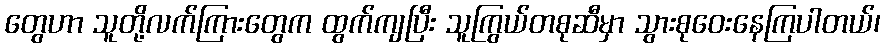
တွေဟာ သူတို့လက်ကြားတွေက ထွက်ကျပြီး သူကြွယ်တစုဆီမှာ သွားစုဝေးနေကြပါတယ်၊